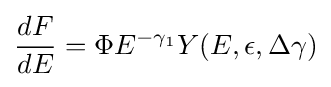
{\frac {dF}{dE}}=\Phi E^{-\gamma _{1}}Y(E,\epsilon ,\Delta \gamma )